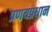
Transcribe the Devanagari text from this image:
प्रणयप्रधान